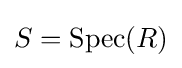
S={\text{Spec}}(R)